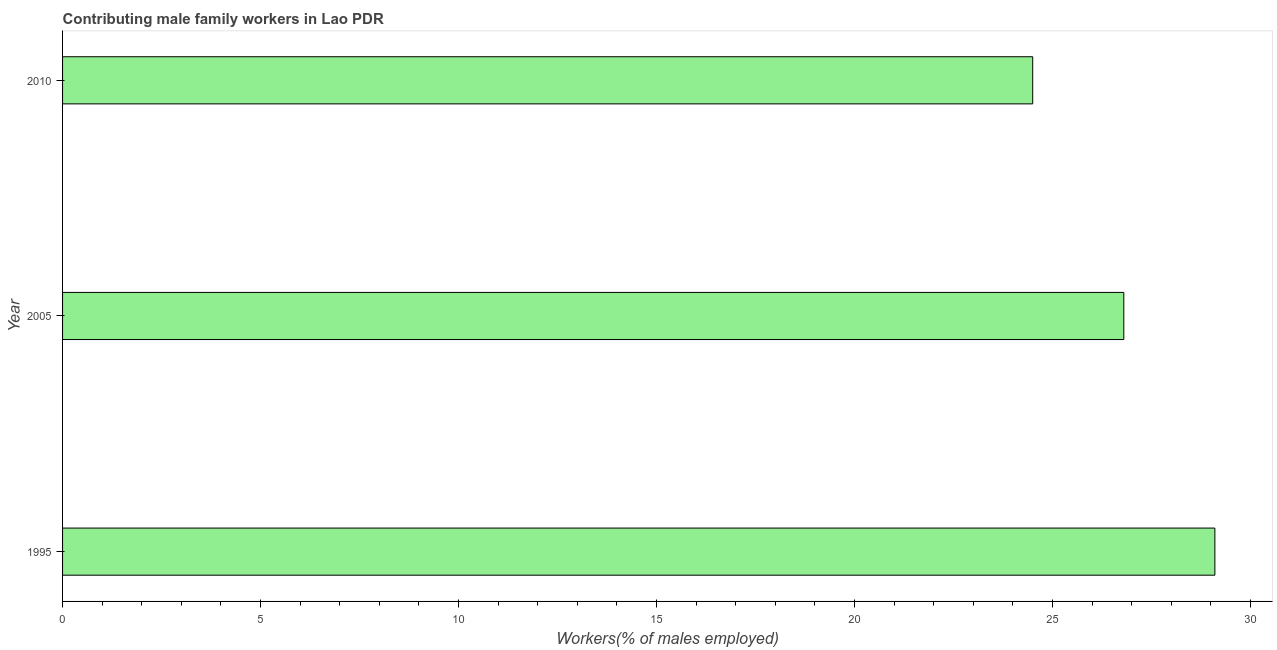
| Year | Contributing family workers |
 | --- | --- |
 | 1995 | 29.1 |
 | 2005 | 26.8 |
 | 2010 | 24.5 |